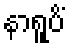
နာရူပိံ